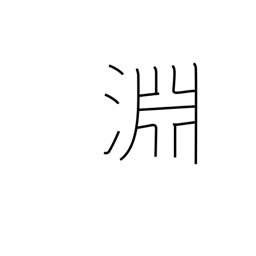
Meaning: the depths